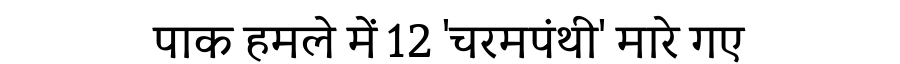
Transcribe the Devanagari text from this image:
पाक हमले में 12 'चरमपंथी' मारे गए